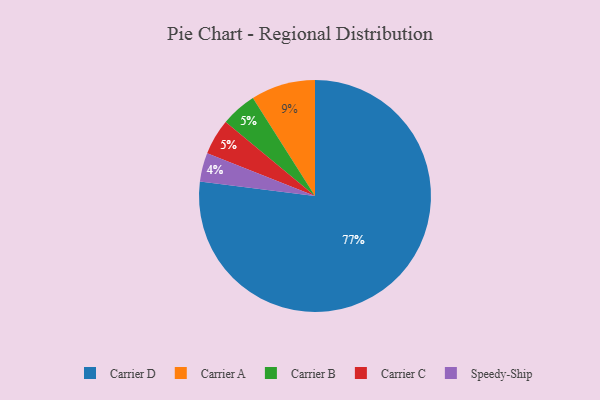
{"axis": {"x": "Category", "y": "Percentage"}, "legend": ["Carrier A", "Carrier B", "Carrier C", "Carrier D", "Speedy-Ship"], "data": [{"x": "Speedy-Ship", "y": 4, "type": "Speedy-Ship"}, {"x": "Carrier B", "y": 5, "type": "Carrier B"}, {"x": "Carrier D", "y": 77, "type": "Carrier D"}, {"x": "Carrier C", "y": 5, "type": "Carrier C"}, {"x": "Carrier A", "y": 9, "type": "Carrier A"}]}